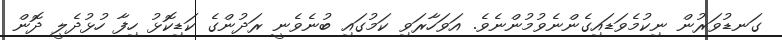
ގަނޑުވަރުން ނިކުމެވަޑައިގެންނެވުމުންނެވެ. އަވަހާރަވި ކަމުގައި ބުނެވެނީ ރަދުންގެ ކަޑިކޮޅު ހިފާ ހުޅުދެލީ ދޮން